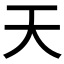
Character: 天